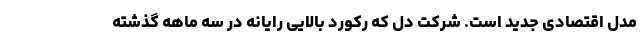
مدل اقتصادی جدید است. شرکت دل که رکورد بالایی رایانه در سه ماهه گذشته